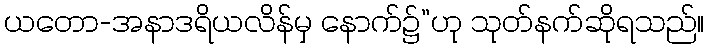
ယတော-အနာဒရိယလိန်မှ နောက်၌”ဟု သုတ်နက်ဆိုရသည်။